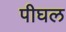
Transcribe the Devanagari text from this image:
पीघल